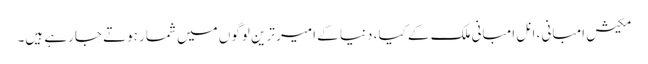
مکیش امبانی ، انل امبانی ملک کے کیا، دنیا کے امیر ترین لوگوں میں شمار ہوتے جارہے ہیں۔